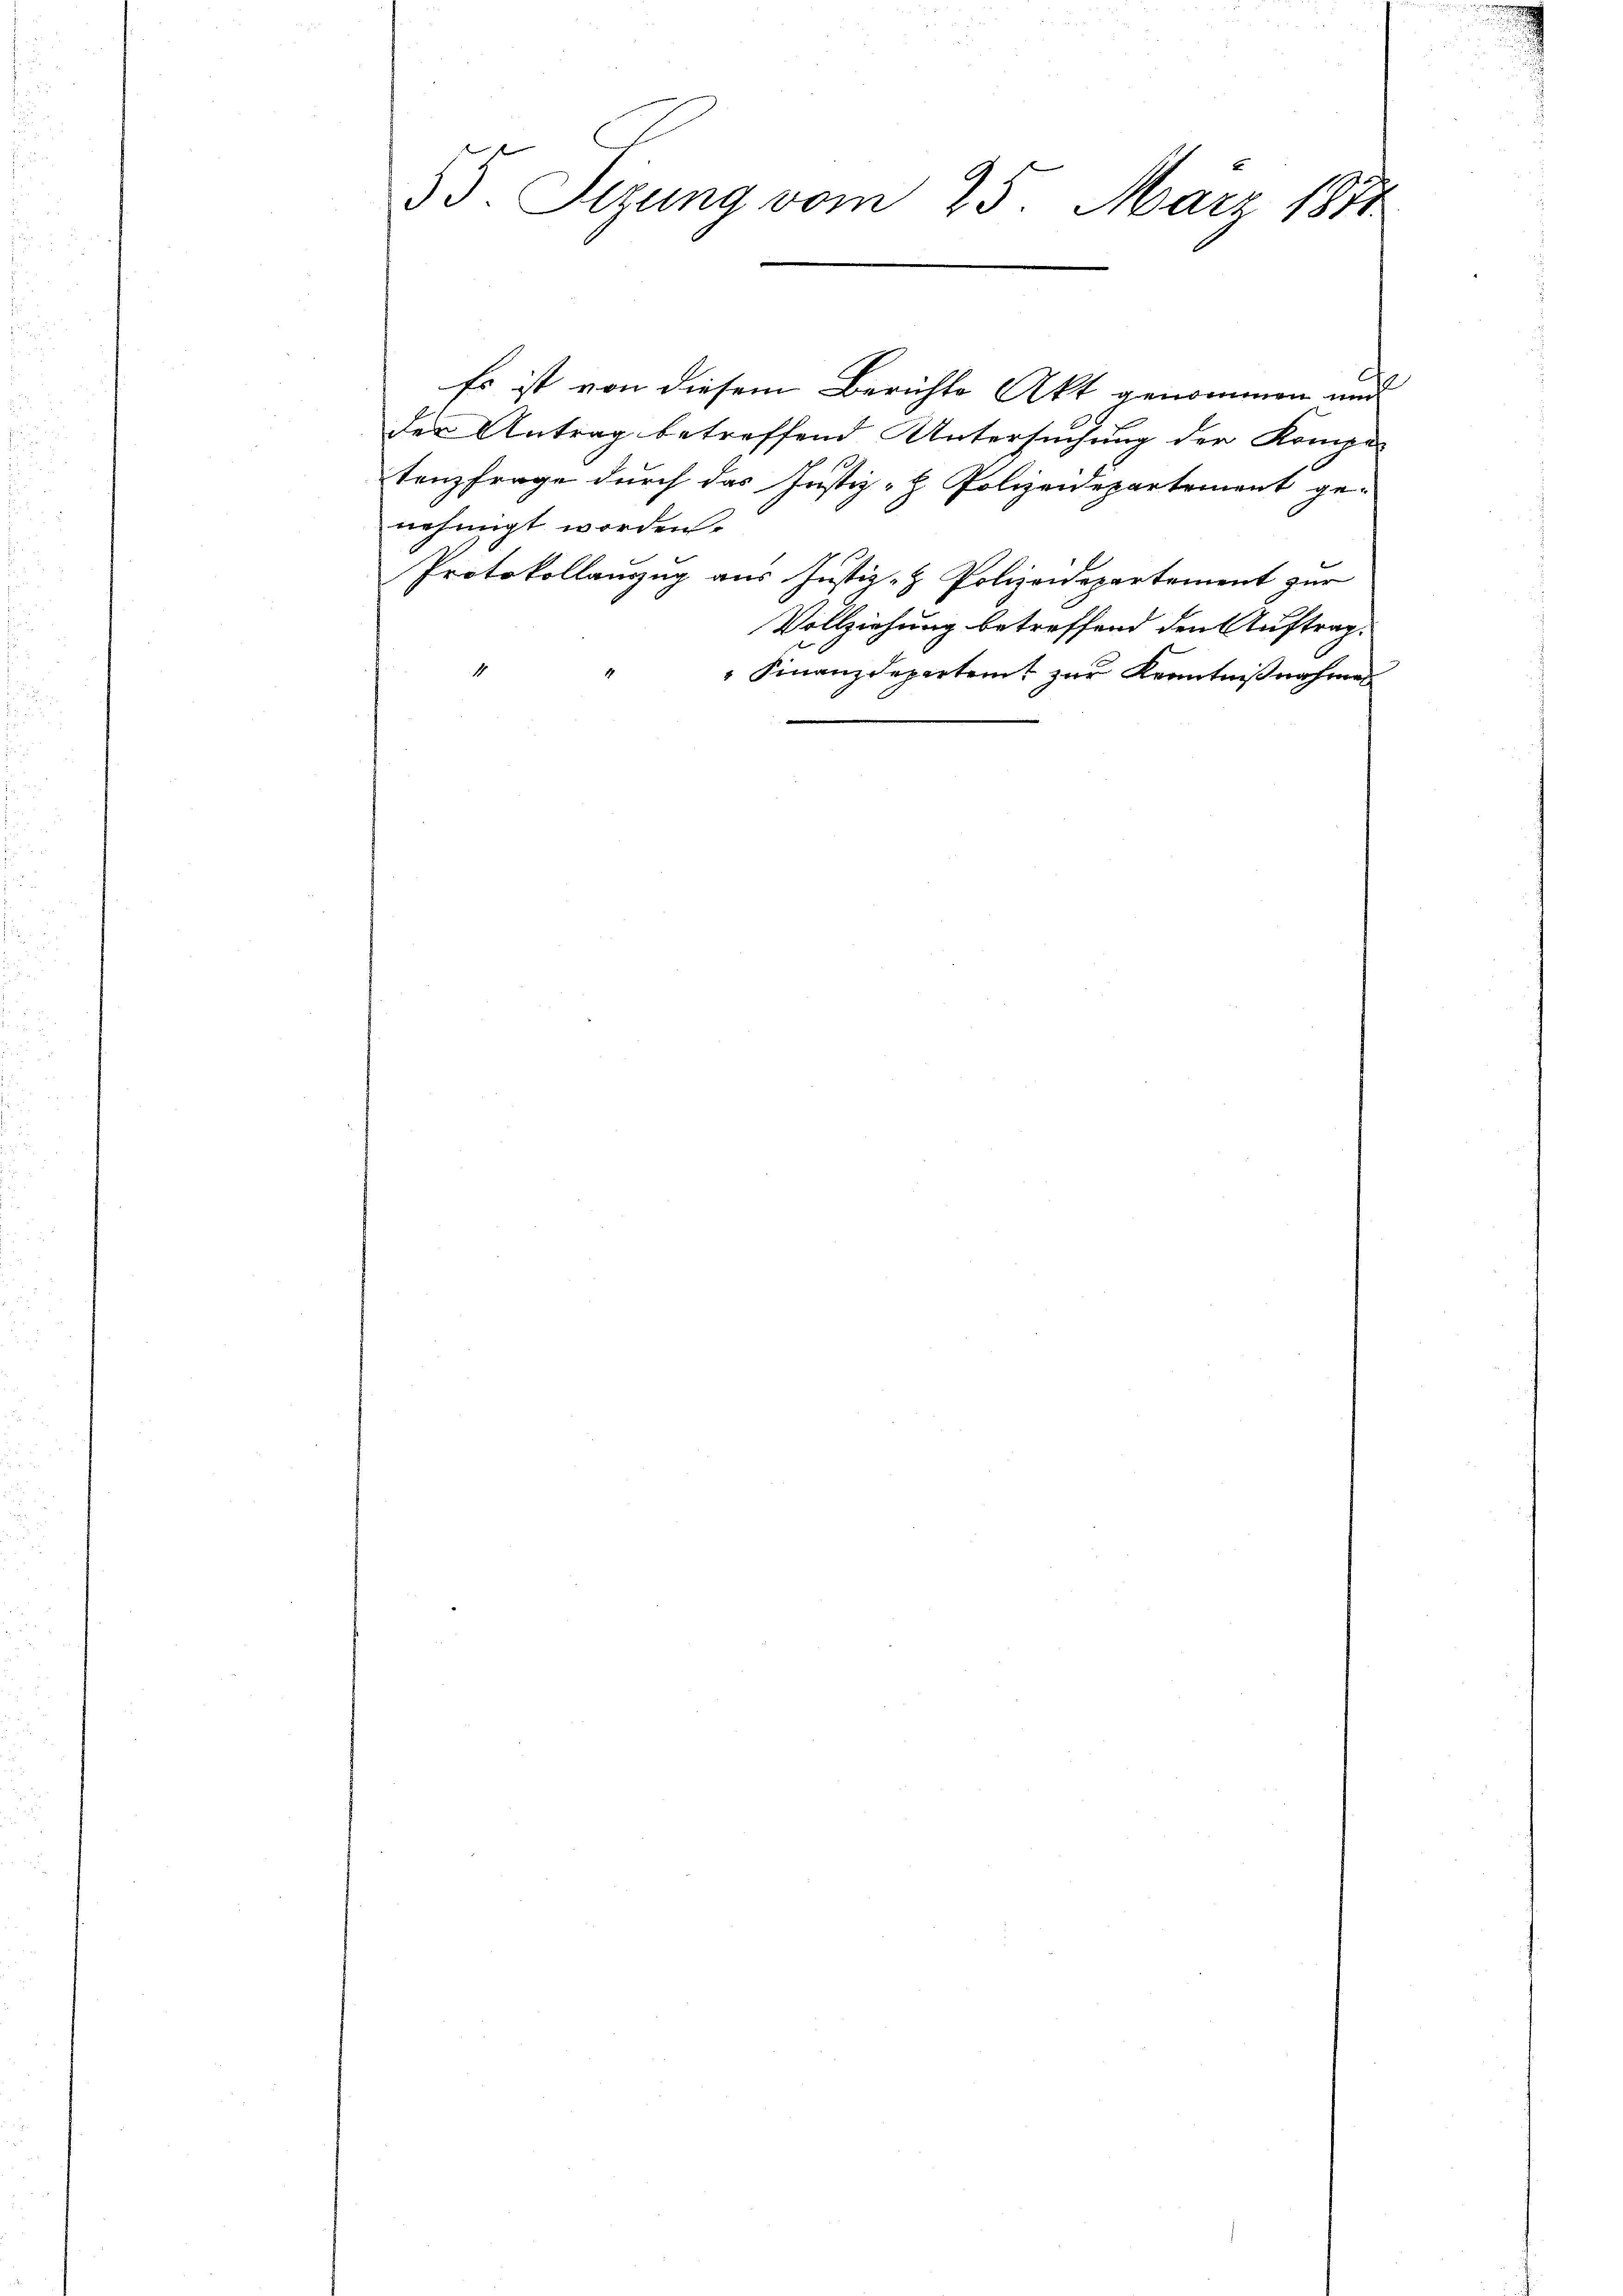
55. Sizung vom 25. März 1870

Es ist von diesem Berichte Akt genommen und
39
der Antrag betreffend Untersuchung der Kompe-
tenzfrage durch das Justiz-H. Polizeidepartement ge-
nehmigt worden.
Protokollanzug aus Justiz- & Polizeidepartement zur
Vollziehung betreffend den Auftrag.
 Finanzdepartamt zur Kenntnißnahmen